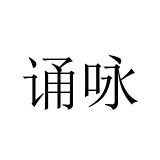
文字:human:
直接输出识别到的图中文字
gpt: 诵咏